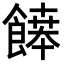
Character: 𩞑